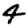
Digit: 4